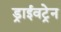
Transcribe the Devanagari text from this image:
ड्राईवट्रेन